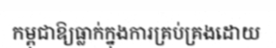
កម្ពុជាឱ្យធ្លាក់ក្នុងការគ្រប់គ្រងដោយ